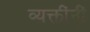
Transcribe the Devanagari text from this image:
व्यक्तींनीं